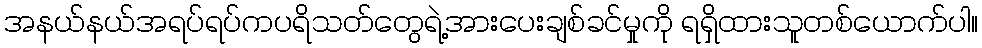
အနယ်နယ်အရပ်ရပ်ကပရိသတ်တွေရဲ့အားပေးချစ်ခင်မှုကို ရရှိထားသူတစ်ယောက်ပါ။